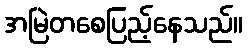
အမြဲတစေပြည့်နေသည်။